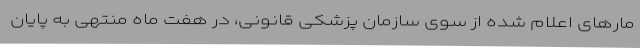
مارهای اعلام شده از سوی سازمان پزشکی قانونی، در هفت ماه منتهی به پایان